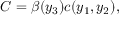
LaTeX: C = \beta ( y _ { 3 } ) c ( y _ { 1 } , y _ { 2 } ) ,